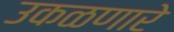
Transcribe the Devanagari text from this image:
उकळणारे